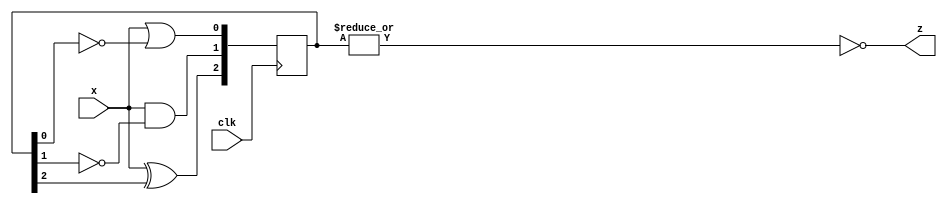
module top_module (
    input clk,
    input x,
    output z
); 
    wire [2:0] q;
    wire a,b,c;
    assign a = x^q[2];
    assign b = x&(~q[1]);
    assign c = x|(~q[0]);
    always @ (posedge clk)
        begin
            q[2]<=a;
            q[1]<=b;
            q[0]<=c;
        end
    assign z = ~(|q);
endmodule